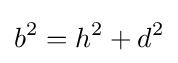
b^{2}=h^{2}+d^{2}